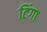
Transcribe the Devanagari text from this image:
टिंगा